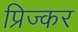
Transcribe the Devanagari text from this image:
प्रिज्कर